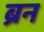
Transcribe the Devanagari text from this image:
ब्रन